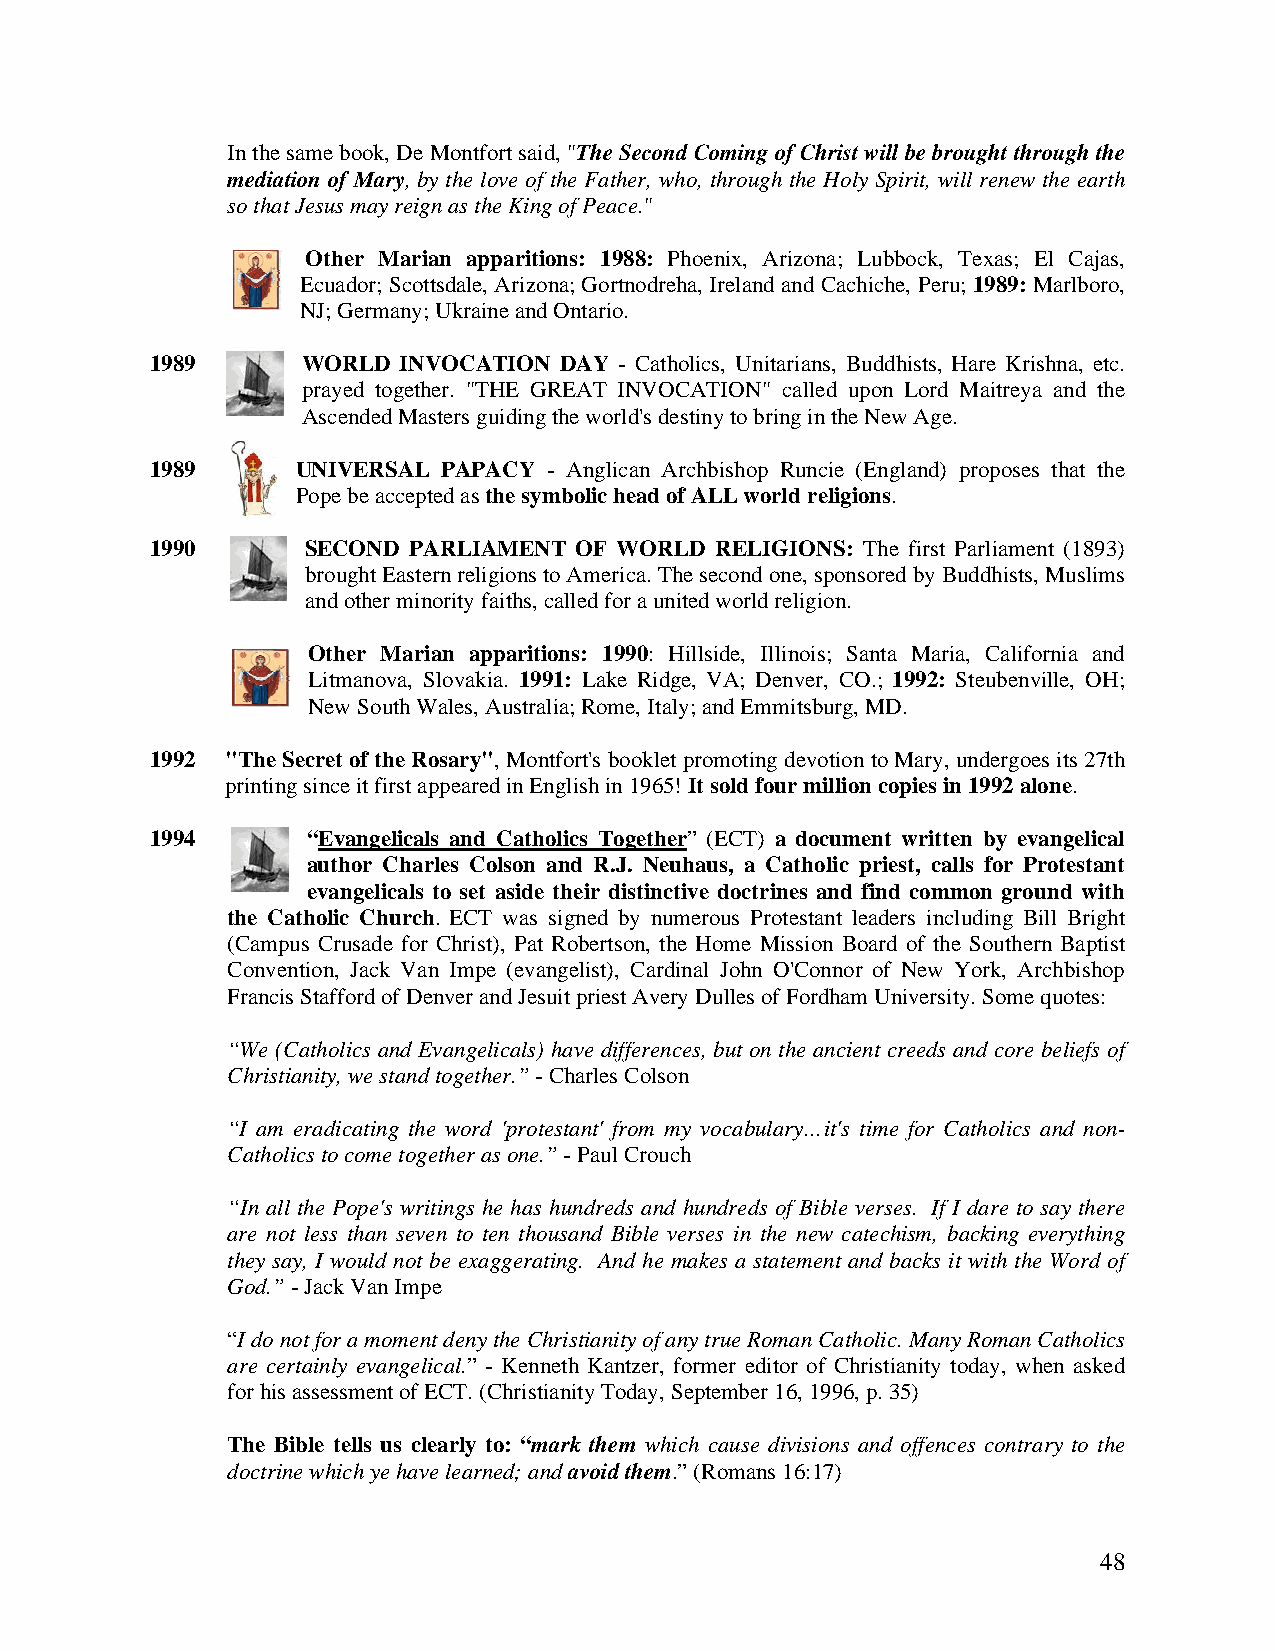
In the same book, De Montfort said, "The Second Coming of Christ will be brought through the
 mediation of Mary, by the love of the Father, who, through the Holy Spirit, will renew the earth
 so that Jesus may reign as the King of Peace."
 Other Marian apparitions: 1988: Phoenix, Arizona; Lubbock, Texas; El Cajas,
 Ecuador; Scottsdale, Arizona; Gortnodreha, Ireland and Cachiche, Peru; 1989: Marlboro,
 NJ; Germany; Ukraine and Ontario.
 1989      WORLD INVOCATION DAY - Catholics, Unitarians, Buddhists, Hare Krishna, etc.
 prayed together. "THE GREAT INVOCATION" called upon Lord Maitreya and the
 Ascended Masters guiding the world's destiny to bring in the New Age.
 1989      UNIVERSAL PAPACY - Anglican Archbishop Runcie (England) proposes that the
 Pope be accepted as the symbolic head of ALL world religions.
 1990      SECOND PARLIAMENT OF WORLD RELIGIONS: The first Parliament (1893)
 brought Eastern religions to America. The second one, sponsored by Buddhists, Muslims
 and other minority faiths, called for a united world religion.
 Other Marian apparitions: 1990: Hillside, Illinois; Santa Maria, California and
 Litmanova, Slovakia. 1991: Lake Ridge, VA; Denver, CO.; 1992: Steubenville, OH;
 New South Wales, Australia; Rome, Italy; and Emmitsburg, MD.
 1992 "The Secret of the Rosary", Montfort's booklet promoting devotion to Mary, undergoes its 27th
 printing since it first appeared in English in 1965! It sold four million copies in 1992 alone.
 1994      “Evangelicals and Catholics Together” (ECT) a document written by evangelical
 author Charles Colson and R.J. Neuhaus, a Catholic priest, calls for Protestant
 evangelicals to set aside their distinctive doctrines and find common ground with
 the Catholic Church. ECT was signed by numerous Protestant leaders including Bill Bright
 (Campus Crusade for Christ), Pat Robertson, the Home Mission Board of the Southern Baptist
 Convention, Jack Van Impe (evangelist), Cardinal John O'Connor of New York, Archbishop
 Francis Stafford of Denver and Jesuit priest Avery Dulles of Fordham University. Some quotes:
 “We (Catholics and Evangelicals) have differences, but on the ancient creeds and core beliefs of
 Christianity, we stand together.” - Charles Colson
 “I am eradicating the word 'protestant' from my vocabulary…it's time for Catholics and non-
 Catholics to come together as one.” - Paul Crouch
 “In all the Pope's writings he has hundreds and hundreds of Bible verses. If I dare to say there
 are not less than seven to ten thousand Bible verses in the new catechism, backing everything
 they say, I would not be exaggerating. And he makes a statement and backs it with the Word of
 God.” - Jack Van Impe
 “I do not for a moment deny the Christianity of any true Roman Catholic. Many Roman Catholics
 are certainly evangelical.” - Kenneth Kantzer, former editor of Christianity today, when asked
 for his assessment of ECT. (Christianity Today, September 16, 1996, p. 35)
 The Bible tells us clearly to: “mark them which cause divisions and offences contrary to the
 doctrine which ye have learned; and avoid them.” (Romans 16:17)
 48